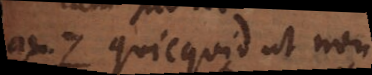
7. Quicquid ut non